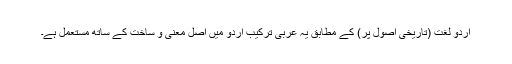
اردو لغت (تاریخی اصول پر) کے مطابق یہ عربی ترکیب اردو میں اصل معنی و ساخت کے ساتھ مستعمل ہے۔